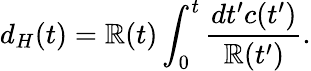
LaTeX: d_{H}(t)=\mathbb{R}(t)\int_{0}^{t}\frac{{dt^{\prime}c(t^{\prime})}}{{\mathbb{R}(t^{\prime})}}.